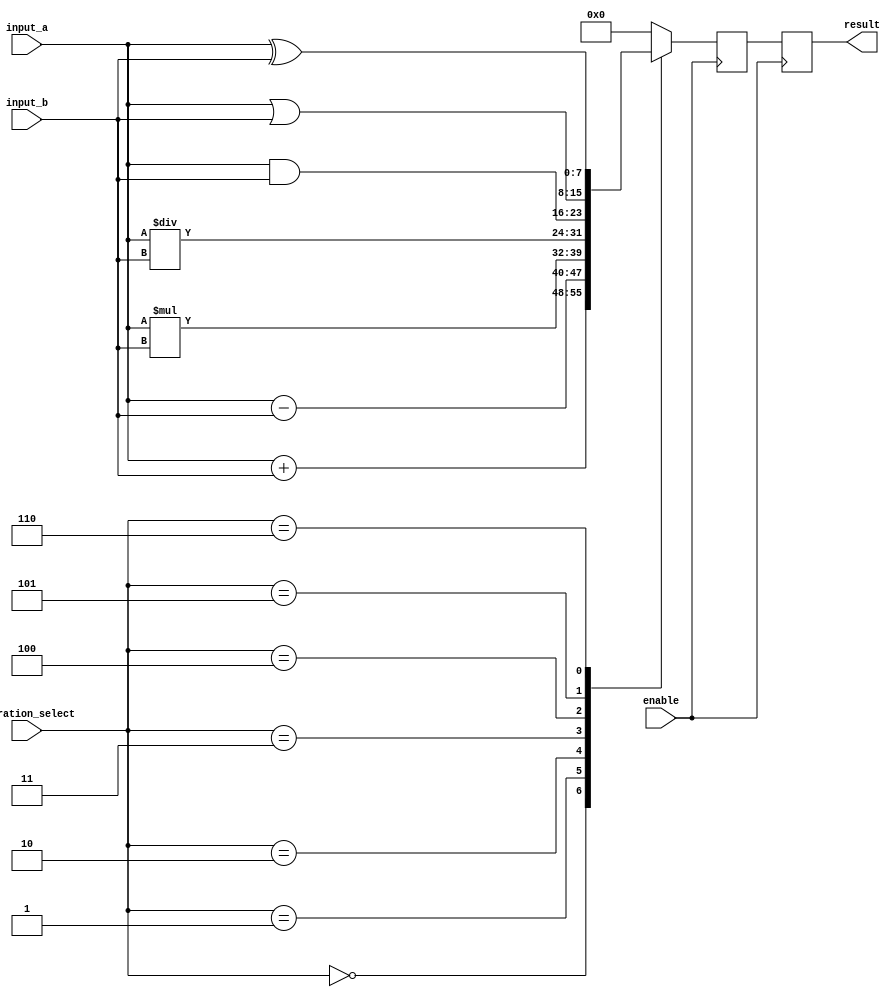
module ALU (
    input [7:0] input_a,
    input [7:0] input_b,
    input [2:0] operation_select,
    input enable,
    output reg [7:0] result
);

reg [7:0] temp;

always @(posedge enable) begin
    case(operation_select)
        3'b000: temp <= input_a + input_b; // addition
        3'b001: temp <= input_a - input_b; // subtraction
        3'b010: temp <= input_a * input_b; // multiplication
        3'b011: temp <= input_a / input_b; // division
        3'b100: temp <= input_a & input_b; // bitwise AND
        3'b101: temp <= input_a | input_b; // bitwise OR
        3'b110: temp <= input_a ^ input_b; // bitwise XOR
        default: temp <= 8'b00000000;
    endcase
end

always @(posedge enable) begin
    result <= temp;
end

endmodule